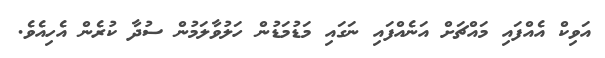
އަވިކް އެއްފައި މައްޗަށް އަނެއްފައި ނަގައި މަޑުމަޑުން ހަލުވާލަމުން ސުދާ ކުރެން އެހިއެވެ.